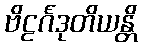
ဗိဠင်္ဂဒုတိယန္တိ